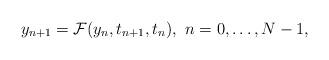
LaTeX: \begin{align*}y_{n+1} = \mathcal{F}(y_{n}, t_{n+1}, t_{n}), \ n=0,\ldots,N-1,\end{align*}